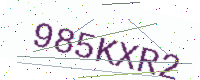
Text: 985KXR2